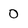
Character: 0